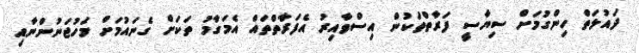
ދައުލަތް ހިންގުމަށް ސިޔާސީ ފަރާތްތަކުން އިސްވާއިރު އެފަރާތްތައް އެމަގާމު ތަކަށް ގެނައުމަށް މަހުޖަނުންނާއި